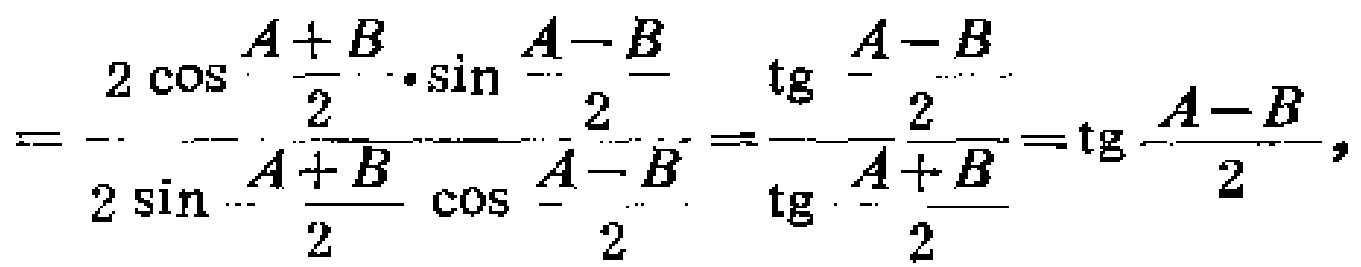
$=\frac{2\cos\frac{A + B}{2}\cdot\sin\frac{A - B}{2}}{2\sin\frac{A + B}{2}\cos\frac{A - B}{2}}=\frac{\tg\frac{A - B}{2}}{\tg\frac{A + B}{2}}=\tg\frac{A - B}{2},$